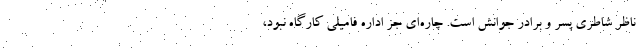
ناظر شاطري پسر و برادر جوانش است. چاره‌اي جز اداره فاميلي كارگاه نبود،